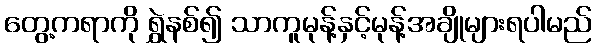
တွေ့ကရာကို ရွှဲနစ်၍ သာကူမုန့်နှင့်မုန့်အချိုများရပါမည်